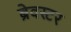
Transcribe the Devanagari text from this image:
ब्रेवस्टर